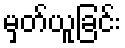
မှတ်ယူခြင်း